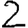
Digit: 2